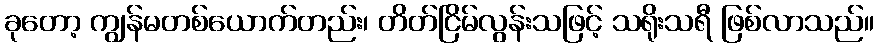
ခုတော့ ကျွန်မတစ်ယောက်တည်း၊ တိတ်ငြိမ်လွန်းသဖြင့် သရိုးသရီ ဖြစ်လာသည်။